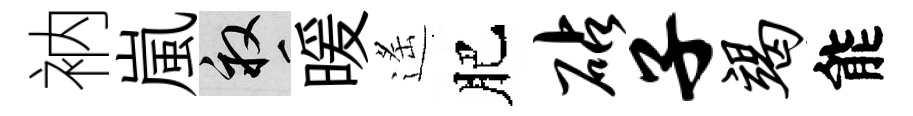
衲嵐畝暖遙肥砧子竭能